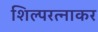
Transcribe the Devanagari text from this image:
शिल्परत्नाकर